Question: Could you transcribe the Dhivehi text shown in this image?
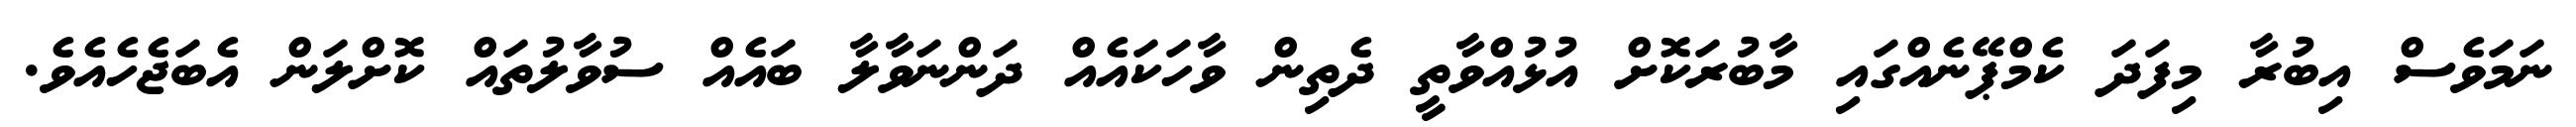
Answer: ނަމަވެސް އިބުރާ މިފަދަ ކެމްޕޭނެއްގައި މާބުރަކޮށް އުޅުއްވާތީ ދެތިން ވާހަކައެއް ދަންނަވާލާ ބައެއް ސުވާލުތައް ކޮށްލަން އެބަޖެހެއެވެ.